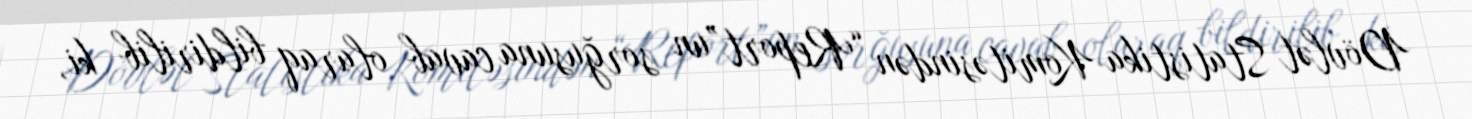
Dövlət Statistika Komitəsindən “Report”un sorğusuna cavab olaraq bildirilib ki,